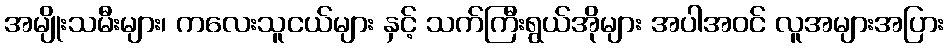
အမျိုးသမီးများ၊ ကလေးသူငယ်များ နှင့် သက်ကြီးရွယ်အိုများ အပါအဝင် လူအများအပြား